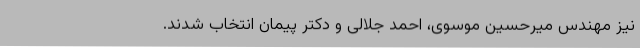
نیز مهندس‌ میرحسین‌ موسوی‌، احمد جلالی‌ و دکتر پیمان‌ انتخاب‌ شدند.